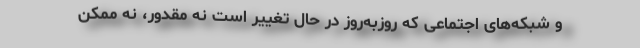
و شبکه‌های اجتماعی که روزبه‌روز در حال تغییر است نه مقدور، نه ممکن